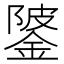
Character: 𨧦